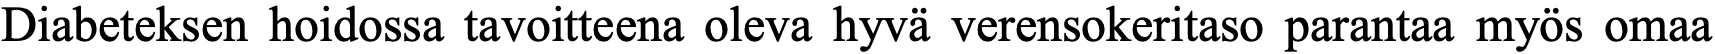
Diabeteksen hoidossa tavoitteena oleva hyvä verensokeritaso parantaa myös omaa